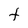
Character: t